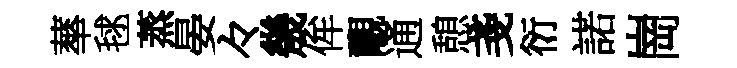
蕐毬蒸晏々㡬侔覼通憩戔衍諾崗